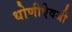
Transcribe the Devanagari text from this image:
धोणीऐवजी